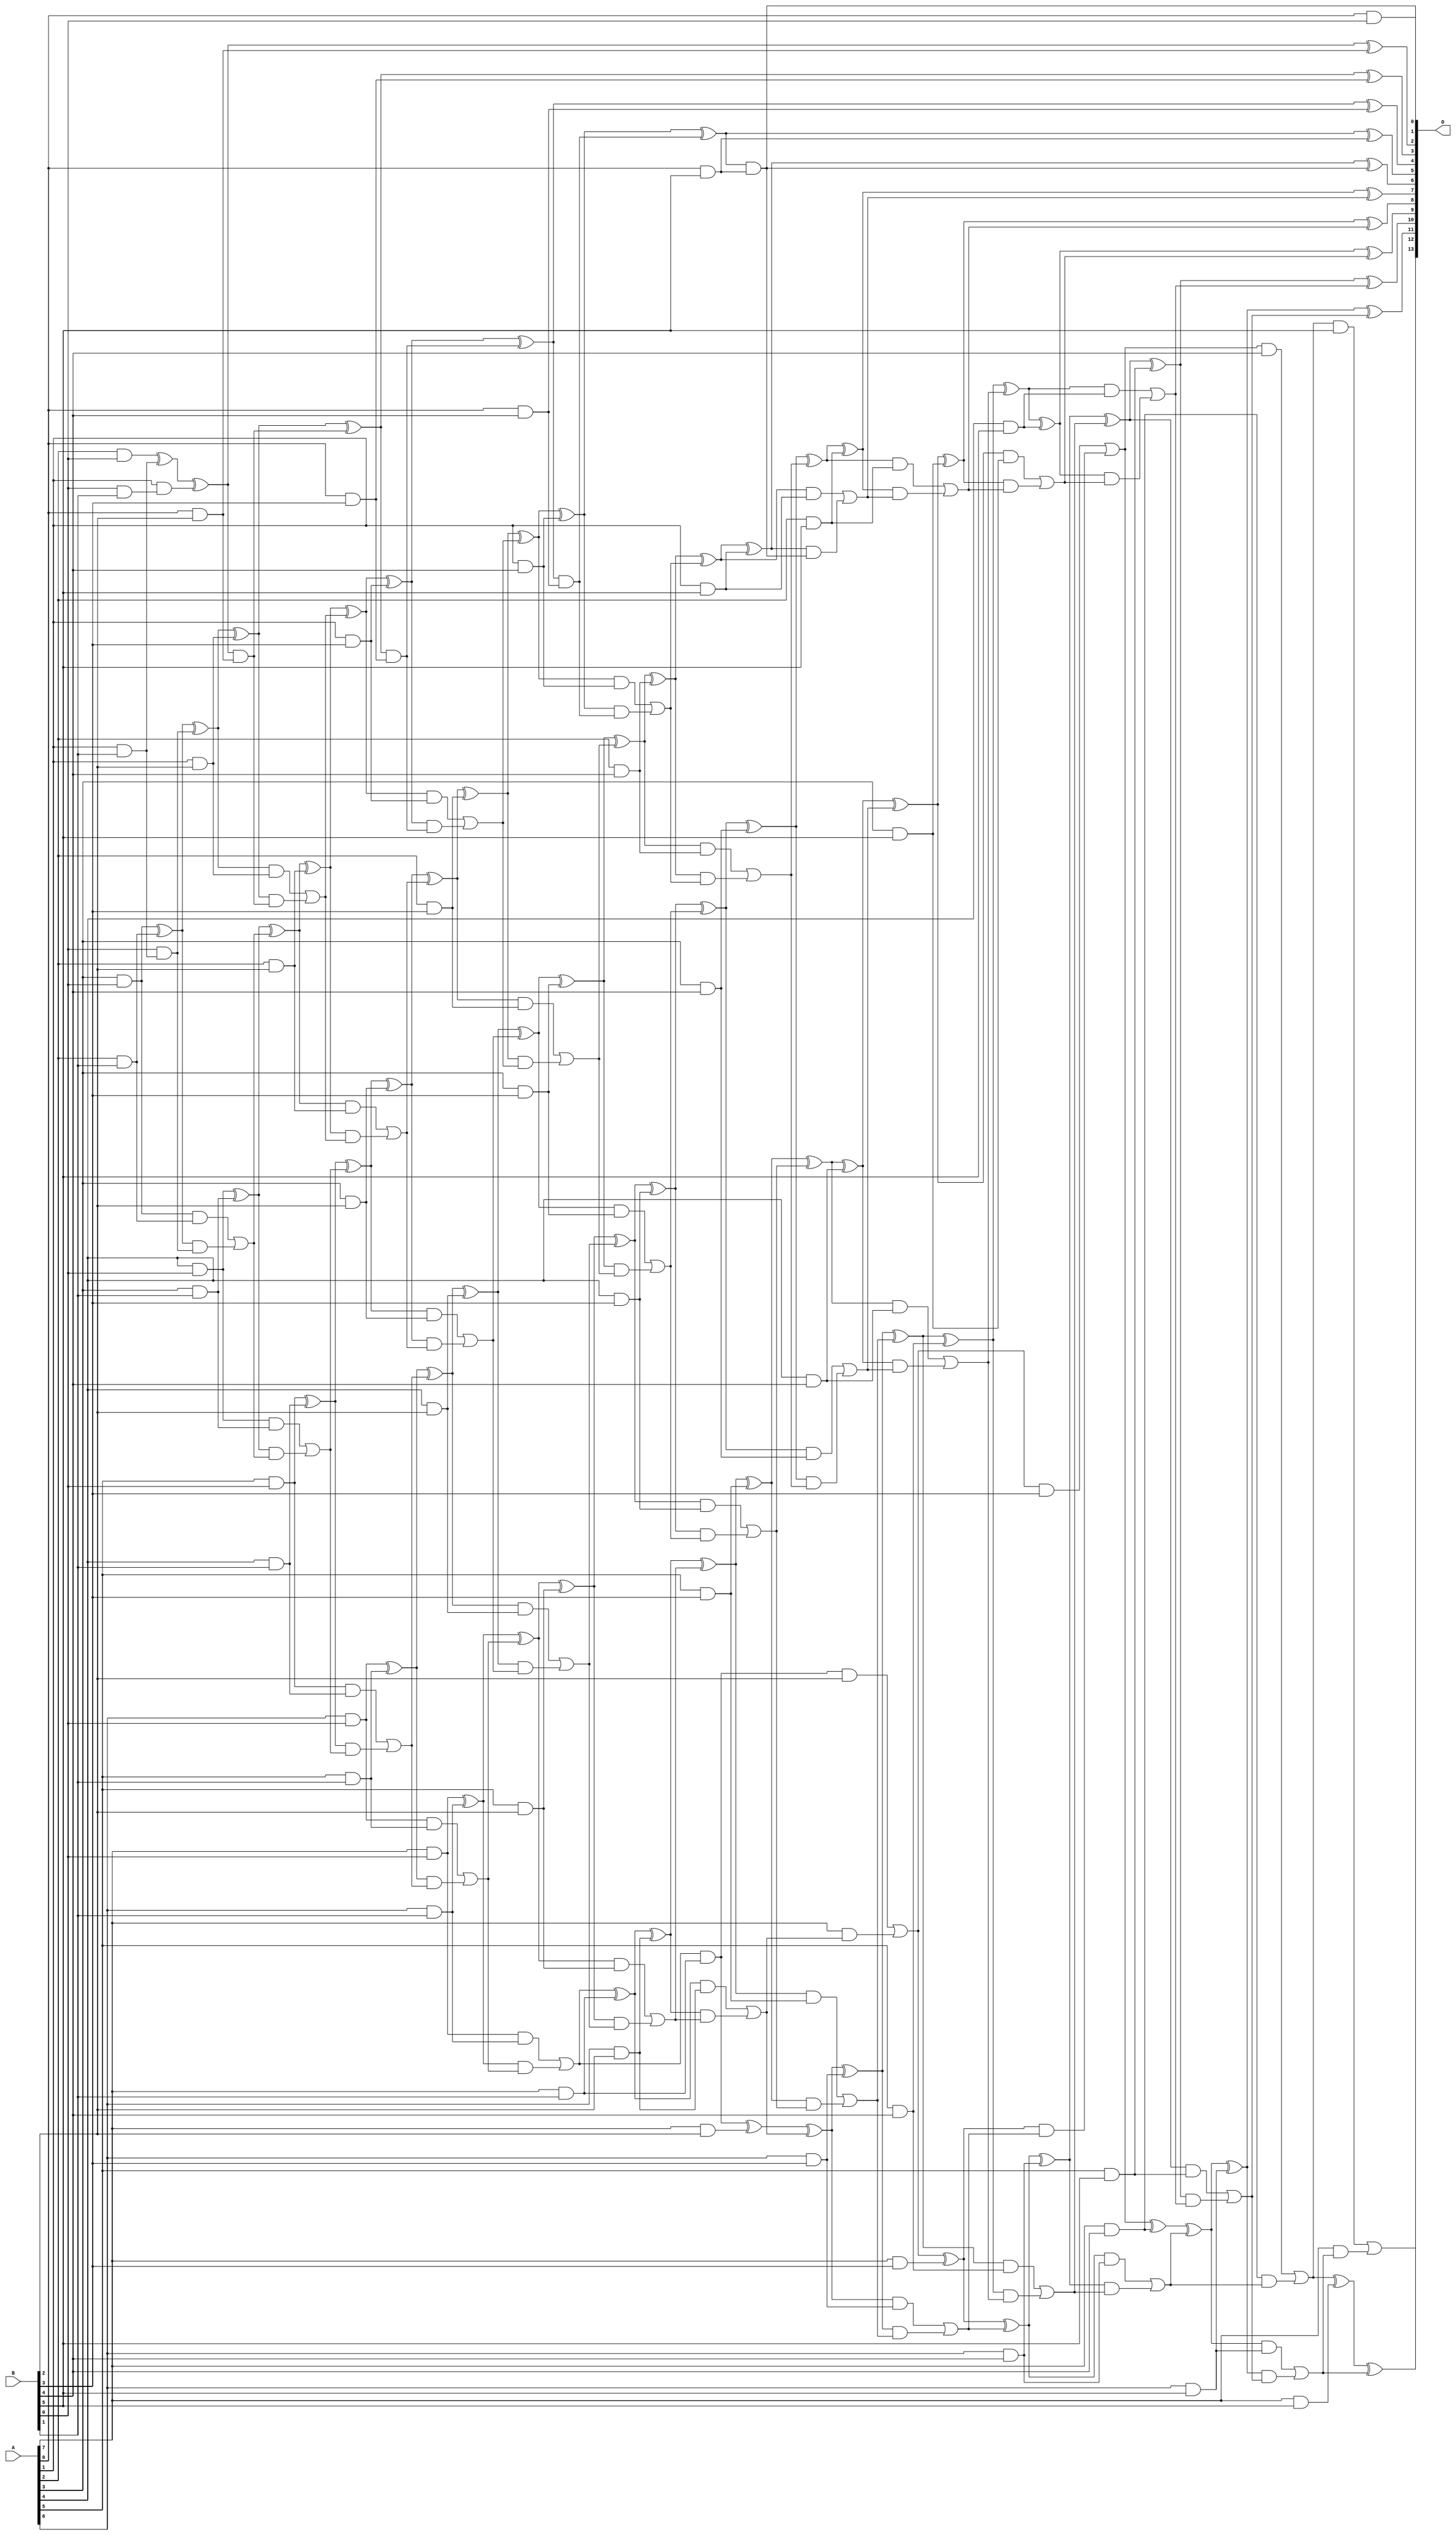
// This program was cloned from: https://github.com/ehw-fit/evoapproxlib
// License: MIT License

/***
* This code is a part of EvoApproxLib library (ehw.fit.vutbr.cz/approxlib) distributed under The MIT License.
* When used, please cite the following article(s): V. Mrazek, L. Sekanina, Z. Vasicek "Libraries of Approximate Circuits: Automated Design and Application in CNN Accelerators" IEEE Journal on Emerging and Selected Topics in Circuits and Systems, Vol 10, No 4, 2020 
* This file contains a circuit from a sub-set of pareto optimal circuits with respect to the pwr and mse parameters
***/
// MAE% = 0.0045 %
// MAE = 0.74 
// WCE% = 0.012 %
// WCE = 2.0 
// WCRE% = 100.00 %
// EP% = 37.11 %
// MRE% = 0.16 %
// MSE = 1.5 
// PDK45_PWR = 0.255 mW
// PDK45_AREA = 493.7 um2
// PDK45_DELAY = 1.58 ns

module mul8x6u_5TS (
    A,
    B,
    O
);

input [7:0] A;
input [5:0] B;
output [13:0] O;

wire sig_14,sig_16,sig_17,sig_18,sig_19,sig_20,sig_21,sig_22,sig_23,sig_24,sig_25,sig_26,sig_27,sig_28,sig_29,sig_30,sig_32,sig_33,sig_35,sig_37;
wire sig_38,sig_39,sig_40,sig_41,sig_42,sig_43,sig_44,sig_45,sig_46,sig_47,sig_48,sig_49,sig_50,sig_51,sig_52,sig_53,sig_54,sig_55,sig_56,sig_57;
wire sig_58,sig_59,sig_60,sig_61,sig_62,sig_63,sig_64,sig_65,sig_66,sig_67,sig_68,sig_69,sig_70,sig_71,sig_72,sig_73,sig_74,sig_75,sig_76,sig_77;
wire sig_78,sig_79,sig_80,sig_81,sig_82,sig_83,sig_84,sig_85,sig_86,sig_87,sig_88,sig_89,sig_90,sig_91,sig_92,sig_93,sig_94,sig_95,sig_96,sig_97;
wire sig_98,sig_99,sig_100,sig_101,sig_102,sig_103,sig_104,sig_105,sig_106,sig_107,sig_108,sig_109,sig_110,sig_111,sig_112,sig_113,sig_114,sig_115,sig_116,sig_117;
wire sig_118,sig_119,sig_120,sig_121,sig_122,sig_123,sig_124,sig_125,sig_126,sig_127,sig_128,sig_129,sig_130,sig_131,sig_132,sig_133,sig_134,sig_135,sig_136,sig_137;
wire sig_138,sig_139,sig_140,sig_141,sig_142,sig_143,sig_144,sig_145,sig_146,sig_147,sig_148,sig_149,sig_150,sig_151,sig_152,sig_153,sig_154,sig_155,sig_156,sig_157;
wire sig_158,sig_159,sig_160,sig_161,sig_162,sig_163,sig_164,sig_165,sig_166,sig_167,sig_168,sig_169,sig_170,sig_171,sig_172,sig_173,sig_174,sig_175,sig_176,sig_177;
wire sig_178,sig_179,sig_180,sig_181,sig_182,sig_183,sig_184,sig_185,sig_186,sig_187,sig_188,sig_189,sig_190,sig_191,sig_192,sig_193,sig_194,sig_195,sig_196,sig_197;
wire sig_198,sig_199,sig_200,sig_201,sig_202,sig_203,sig_204,sig_205,sig_206,sig_207,sig_208,sig_209,sig_210,sig_211,sig_212,sig_213,sig_214,sig_215,sig_216,sig_217;
wire sig_218,sig_219,sig_220,sig_221,sig_222,sig_223,sig_224,sig_225,sig_226,sig_227,sig_228,sig_229,sig_230,sig_231,sig_232,sig_233,sig_234,sig_235,sig_236,sig_237;
wire sig_238,sig_239,sig_240,sig_241,sig_242,sig_243;

assign sig_14 = A[0] & B[0];
assign sig_16 = A[2] & B[0];
assign sig_17 = A[3] & B[0];
assign sig_18 = A[4] & B[0];
assign sig_19 = A[5] & B[0];
assign sig_20 = A[6] & B[0];
assign sig_21 = A[7] & B[0];
assign sig_22 = B[0] & B[1];
assign sig_23 = A[1] & B[1];
assign sig_24 = A[2] & B[1];
assign sig_25 = A[3] & B[1];
assign sig_26 = A[4] & B[1];
assign sig_27 = A[5] & B[1];
assign sig_28 = A[6] & B[1];
assign sig_29 = A[7] & B[1];
assign sig_30 = A[1] & sig_22;
assign sig_32 = sig_16 ^ sig_23;
assign sig_33 = B[0] & sig_23;
assign sig_35 = sig_32 ^ sig_30;
assign sig_37 = sig_17 ^ sig_24;
assign sig_38 = sig_17 & sig_24;
assign sig_39 = sig_37 & sig_33;
assign sig_40 = sig_37 ^ sig_33;
assign sig_41 = sig_38 | sig_39;
assign sig_42 = sig_18 ^ sig_25;
assign sig_43 = sig_18 & sig_25;
assign sig_44 = sig_42 & sig_41;
assign sig_45 = sig_42 ^ sig_41;
assign sig_46 = sig_43 | sig_44;
assign sig_47 = sig_19 ^ sig_26;
assign sig_48 = sig_19 & sig_26;
assign sig_49 = sig_47 & sig_46;
assign sig_50 = sig_47 ^ sig_46;
assign sig_51 = sig_48 | sig_49;
assign sig_52 = sig_20 ^ sig_27;
assign sig_53 = sig_20 & sig_27;
assign sig_54 = sig_52 & sig_51;
assign sig_55 = sig_52 ^ sig_51;
assign sig_56 = sig_53 | sig_54;
assign sig_57 = sig_21 ^ sig_28;
assign sig_58 = sig_21 & sig_28;
assign sig_59 = sig_57 & sig_56;
assign sig_60 = sig_57 ^ sig_56;
assign sig_61 = sig_58 | sig_59;
assign sig_62 = sig_61 & sig_29;
assign sig_63 = sig_61 ^ sig_29;
assign sig_64 = A[0] & B[2];
assign sig_65 = A[1] & B[2];
assign sig_66 = A[2] & B[2];
assign sig_67 = A[3] & B[2];
assign sig_68 = A[4] & B[2];
assign sig_69 = A[5] & B[2];
assign sig_70 = A[6] & B[2];
assign sig_71 = A[7] & B[2];
assign sig_72 = sig_35 & sig_64;
assign sig_73 = sig_35 ^ sig_64;
assign sig_74 = sig_40 ^ sig_65;
assign sig_75 = sig_40 & sig_65;
assign sig_76 = sig_74 & sig_72;
assign sig_77 = sig_74 ^ sig_72;
assign sig_78 = sig_75 | sig_76;
assign sig_79 = sig_45 ^ sig_66;
assign sig_80 = sig_45 & sig_66;
assign sig_81 = sig_79 & sig_78;
assign sig_82 = sig_79 ^ sig_78;
assign sig_83 = sig_80 | sig_81;
assign sig_84 = sig_50 ^ sig_67;
assign sig_85 = sig_50 & sig_67;
assign sig_86 = sig_84 & sig_83;
assign sig_87 = sig_84 ^ sig_83;
assign sig_88 = sig_85 | sig_86;
assign sig_89 = sig_55 ^ sig_68;
assign sig_90 = sig_55 & sig_68;
assign sig_91 = sig_89 & sig_88;
assign sig_92 = sig_89 ^ sig_88;
assign sig_93 = sig_90 | sig_91;
assign sig_94 = sig_60 ^ sig_69;
assign sig_95 = sig_60 & sig_69;
assign sig_96 = sig_94 & sig_93;
assign sig_97 = sig_94 ^ sig_93;
assign sig_98 = sig_95 | sig_96;
assign sig_99 = sig_63 ^ sig_70;
assign sig_100 = sig_63 & sig_70;
assign sig_101 = sig_99 & sig_98;
assign sig_102 = sig_99 ^ sig_98;
assign sig_103 = sig_100 | sig_101;
assign sig_104 = sig_62 ^ sig_71;
assign sig_105 = sig_62 & B[2];
assign sig_106 = A[7] & sig_103;
assign sig_107 = sig_104 ^ sig_103;
assign sig_108 = sig_105 | sig_106;
assign sig_109 = A[0] & B[3];
assign sig_110 = A[1] & B[3];
assign sig_111 = A[2] & B[3];
assign sig_112 = A[3] & B[3];
assign sig_113 = A[4] & B[3];
assign sig_114 = A[5] & B[3];
assign sig_115 = A[6] & B[3];
assign sig_116 = A[7] & B[3];
assign sig_117 = sig_77 & sig_109;
assign sig_118 = sig_77 ^ sig_109;
assign sig_119 = sig_82 ^ sig_110;
assign sig_120 = sig_82 & sig_110;
assign sig_121 = sig_119 & sig_117;
assign sig_122 = sig_119 ^ sig_117;
assign sig_123 = sig_120 | sig_121;
assign sig_124 = sig_87 ^ sig_111;
assign sig_125 = sig_87 & sig_111;
assign sig_126 = sig_124 & sig_123;
assign sig_127 = sig_124 ^ sig_123;
assign sig_128 = sig_125 | sig_126;
assign sig_129 = sig_92 ^ sig_112;
assign sig_130 = sig_92 & sig_112;
assign sig_131 = sig_129 & sig_128;
assign sig_132 = sig_129 ^ sig_128;
assign sig_133 = sig_130 | sig_131;
assign sig_134 = sig_97 ^ sig_113;
assign sig_135 = sig_97 & sig_113;
assign sig_136 = sig_134 & sig_133;
assign sig_137 = sig_134 ^ sig_133;
assign sig_138 = sig_135 | sig_136;
assign sig_139 = sig_102 ^ sig_114;
assign sig_140 = sig_102 & sig_114;
assign sig_141 = sig_139 & sig_138;
assign sig_142 = sig_139 ^ sig_138;
assign sig_143 = sig_140 | sig_141;
assign sig_144 = sig_107 ^ sig_115;
assign sig_145 = sig_107 & sig_115;
assign sig_146 = sig_144 & sig_143;
assign sig_147 = sig_144 ^ sig_143;
assign sig_148 = sig_145 | sig_146;
assign sig_149 = sig_108 ^ sig_116;
assign sig_150 = sig_108 & B[3];
assign sig_151 = sig_149 & sig_148;
assign sig_152 = sig_149 ^ sig_148;
assign sig_153 = sig_150 | sig_151;
assign sig_154 = A[0] & B[4];
assign sig_155 = A[1] & B[4];
assign sig_156 = A[2] & B[4];
assign sig_157 = A[3] & B[4];
assign sig_158 = A[4] & B[4];
assign sig_159 = A[5] & B[4];
assign sig_160 = A[6] & B[4];
assign sig_161 = A[7] & B[4];
assign sig_162 = sig_122 & sig_154;
assign sig_163 = sig_122 ^ sig_154;
assign sig_164 = sig_127 ^ sig_155;
assign sig_165 = sig_127 & sig_155;
assign sig_166 = sig_164 & sig_162;
assign sig_167 = sig_164 ^ sig_162;
assign sig_168 = sig_165 | sig_166;
assign sig_169 = sig_132 ^ sig_156;
assign sig_170 = sig_132 & sig_156;
assign sig_171 = sig_169 & sig_168;
assign sig_172 = sig_169 ^ sig_168;
assign sig_173 = sig_170 | sig_171;
assign sig_174 = sig_137 ^ sig_157;
assign sig_175 = sig_137 & sig_157;
assign sig_176 = sig_174 & sig_173;
assign sig_177 = sig_174 ^ sig_173;
assign sig_178 = sig_175 | sig_176;
assign sig_179 = sig_142 ^ sig_158;
assign sig_180 = sig_142 & sig_158;
assign sig_181 = sig_179 & sig_178;
assign sig_182 = sig_179 ^ sig_178;
assign sig_183 = sig_180 | sig_181;
assign sig_184 = sig_147 ^ sig_159;
assign sig_185 = sig_147 & sig_159;
assign sig_186 = sig_184 & sig_183;
assign sig_187 = sig_184 ^ sig_183;
assign sig_188 = sig_185 | sig_186;
assign sig_189 = sig_152 ^ sig_160;
assign sig_190 = sig_152 & sig_160;
assign sig_191 = sig_189 & sig_188;
assign sig_192 = sig_189 ^ sig_188;
assign sig_193 = sig_190 | sig_191;
assign sig_194 = sig_153 ^ sig_161;
assign sig_195 = sig_153 & B[4];
assign sig_196 = sig_161 & sig_193;
assign sig_197 = sig_194 ^ sig_193;
assign sig_198 = sig_195 | sig_196;
assign sig_199 = A[0] & B[5];
assign sig_200 = A[1] & B[5];
assign sig_201 = A[2] & B[5];
assign sig_202 = A[3] & B[5];
assign sig_203 = A[4] & B[5];
assign sig_204 = A[5] & B[5];
assign sig_205 = A[6] & B[5];
assign sig_206 = A[7] & B[5];
assign sig_207 = sig_167 & sig_199;
assign sig_208 = sig_167 ^ sig_199;
assign sig_209 = sig_172 ^ sig_200;
assign sig_210 = sig_172 & sig_200;
assign sig_211 = sig_209 & sig_207;
assign sig_212 = sig_209 ^ sig_207;
assign sig_213 = sig_210 | sig_211;
assign sig_214 = sig_177 ^ sig_201;
assign sig_215 = sig_177 & sig_201;
assign sig_216 = sig_214 & sig_213;
assign sig_217 = sig_214 ^ sig_213;
assign sig_218 = sig_215 | sig_216;
assign sig_219 = sig_182 ^ sig_202;
assign sig_220 = sig_182 & sig_202;
assign sig_221 = sig_219 & sig_218;
assign sig_222 = sig_219 ^ sig_218;
assign sig_223 = sig_220 | sig_221;
assign sig_224 = sig_187 ^ sig_203;
assign sig_225 = sig_187 & sig_203;
assign sig_226 = sig_224 & sig_223;
assign sig_227 = sig_224 ^ sig_223;
assign sig_228 = sig_225 | sig_226;
assign sig_229 = sig_192 ^ sig_204;
assign sig_230 = sig_192 & sig_204;
assign sig_231 = sig_229 & sig_228;
assign sig_232 = sig_229 ^ sig_228;
assign sig_233 = sig_230 | sig_231;
assign sig_234 = sig_197 ^ sig_205;
assign sig_235 = sig_197 & sig_205;
assign sig_236 = sig_234 & sig_233;
assign sig_237 = sig_234 ^ sig_233;
assign sig_238 = sig_235 | sig_236;
assign sig_239 = sig_198 ^ sig_206;
assign sig_240 = sig_198 & B[5];
assign sig_241 = A[7] & sig_238;
assign sig_242 = sig_239 ^ sig_238;
assign sig_243 = sig_240 | sig_241;

assign O[13] = sig_243;
assign O[12] = sig_242;
assign O[11] = sig_237;
assign O[10] = sig_232;
assign O[9] = sig_227;
assign O[8] = sig_222;
assign O[7] = sig_217;
assign O[6] = sig_212;
assign O[5] = sig_208;
assign O[4] = sig_163;
assign O[3] = sig_118;
assign O[2] = sig_73;
assign O[1] = sig_207;
assign O[0] = sig_14;

endmodule